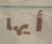
أيها